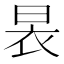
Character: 𮲢